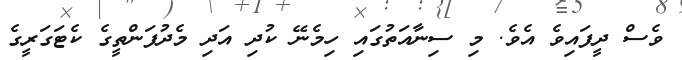
ވެސް ދީފައިވެ އެވެ. މި ސިނާއަތުގައި ހިމެނޭ ކުދި އަދި މެދުފަންތީގެ ކެޓަގަރީގެ